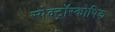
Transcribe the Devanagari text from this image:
स्पेक्ट्रॉस्कोपिक